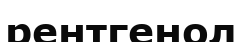
рентгенол